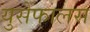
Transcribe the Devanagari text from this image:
युसेफालस